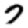
Digit: 7